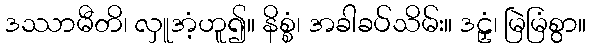
ဒဿာမီတိ၊ လှူအံ့ဟူ၍။ နိစ္စံ၊ အခါခပ်သိမ်း။ ဒဠှံ၊ မြဲမြံစွာ။